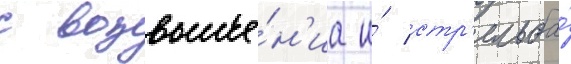
с возвыше́н'иа и́ стр'ельба́